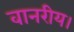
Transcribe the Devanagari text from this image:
वानरीय।